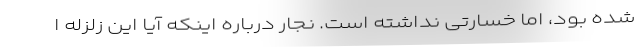
شده بود، اما خسارتی نداشته است. نجار درباره اینکه آیا این زلزله ا